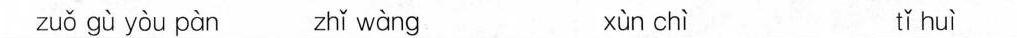
zuǒ gù yòu pàn zhǐ wàng xùn chì tǐ huì